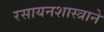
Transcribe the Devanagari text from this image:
रसायनशास्त्राने